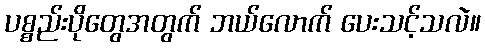
ပစ္စည်းပိုတွေအတွက် ဘယ်လောက် ပေးသင့်သလဲ။